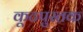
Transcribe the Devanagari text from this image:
कूटपुस्तक